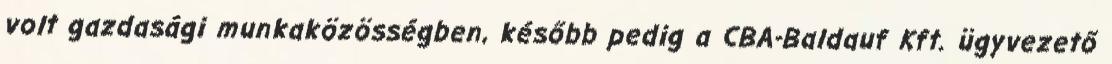
volt gazdasági munkaközösségben, később pedig a CBA-Baldauf Kft. ügyvezető